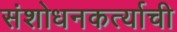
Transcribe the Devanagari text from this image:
संशोधनकर्त्याची